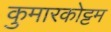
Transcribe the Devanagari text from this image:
कुमारकोट्टम